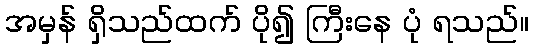
အမှန် ရှိသည်ထက် ပို၍ ကြီးနေ ပုံ ရသည်။